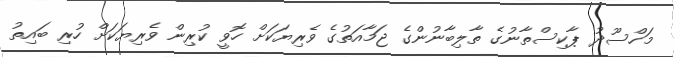
މަހްސޫދު ޕާކިސްތާނުގެ ތާލިބާނުންގެ ޖަމާއަތުގެ ވެރިޔަކަށް ހޮވީ ކުރިން ވެރިޔަކަށް ހުރި ބައިތު